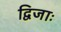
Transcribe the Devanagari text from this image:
द्विजाः